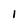
Character: 1